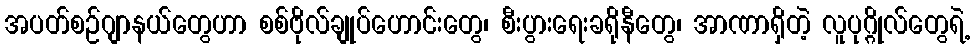
အပတ်စဉ်ဂျာနယ်တွေဟာ စစ်ဗိုလ်ချုပ်ဟောင်းတွေ၊ စီးပွားရေးခရိုနီတွေ၊ အာဏာရှိတဲ့ လူပုဂ္ဂိုလ်တွေရဲ့